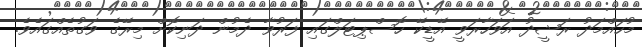
މުހައްމަދު ރަޝީދު އަވަހާރަވީ އޭޑީކޭ ހޮސްޕިޓަލްގައި ފަރުވާ ދެމުން ދަނިކޮށް މިރޭގެ ވަގުތެއްގައެވެ.